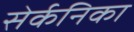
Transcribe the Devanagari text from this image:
सेर्कनिका